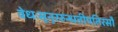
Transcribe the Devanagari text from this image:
वेधःसूनुररुन्धतीपतिरसौ